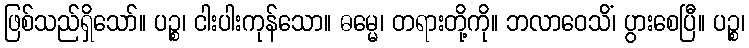
ဖြစ်သည်ရှိသော်။ ပဉ္စ၊ ငါးပါးကုန်သော။ ဓမ္မေ၊ တရားတို့ကို။ ဘလာဝေသိံ၊ ပွားစေပြီ။ ပဉ္စ၊